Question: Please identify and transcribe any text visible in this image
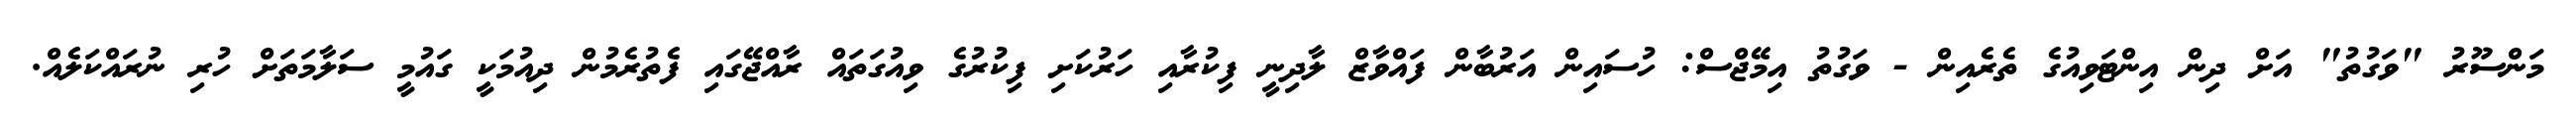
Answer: މަންސޫރު "ވަގުތު" އަށް ދިން އިންޓަވިއުގެ ތެރެއިން - ވަގުތު އިމޭޖްސް: ހުސައިން އަރުބާން ފައްވާޒް ލާދިނީ ފިކުރާއި ހަރުކަށި ފިކުރުގެ ވިއުގަތައް ރާއްޖޭގައި ފެތުރެމުން ދިއުމަކީ ގައުމީ ސަލާމަތަށް ހުރި ނުރައްކަލެއް.